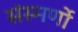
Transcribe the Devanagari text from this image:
संस्मर्णो